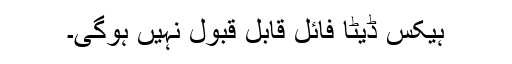
ہیکس ڈیٹا فائل قابل قبول نہیں ہوگی۔